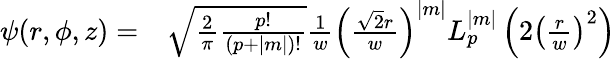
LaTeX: \begin{array}{rl}{\psi(r,\phi,z)=}&{{}\sqrt{\frac{2}{\pi}\frac{p!}{(p+|m|)!}}\frac{1}{w}\left(\frac{\sqrt{2}r}{w}\right)^{|m|}L_{p}^{|m|}\left(2\left(\frac{r}{w}\right)^{2}\right)}\end{array}